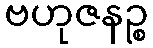
ဗဟုဇနဉ္စ